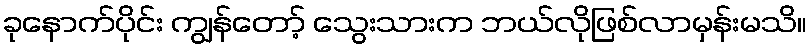
ခုနောက်ပိုင်း ကျွန်တော့် သွေးသားက ဘယ်လိုဖြစ်လာမှန်းမသိ။